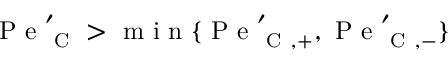
\mathrm { ~ P ~ e ~ } _ { \mathrm { ~ C ~ } } ^ { \prime } > \mathrm { ~ m ~ i ~ n ~ } \{ \mathrm { ~ P ~ e ~ } _ { \mathrm { ~ C ~ } , + } ^ { \prime } , \mathrm { ~ P ~ e ~ } _ { \mathrm { ~ C ~ } , - } ^ { \prime } \}